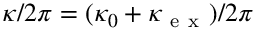
\kappa / 2 \pi = ( \kappa _ { 0 } + \kappa _ { \mathrm { ~ e ~ x ~ } } ) / 2 \pi